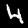
Label: 4